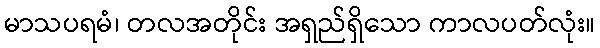
မာသပရမံ၊ တလအတိုင်း အရှည်ရှိသော ကာလပတ်လုံး။